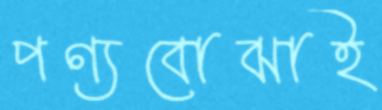
পণ্যবোঝাই